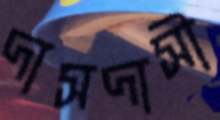
দাসদাসী